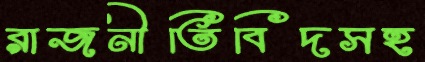
রাজনীতিবিদসহ